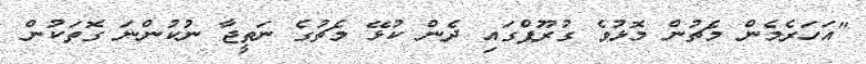
"އަހަރެމެން މެޗުން މޮޅުވެ ގުރޫޕްގައި ދެން ކުޅޭ މެޗުގެ ނަތީޖާ ނުކުންނަ ގޮތަކުން